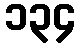
၁၃၄